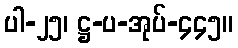
ပါ-၂၅၊ ဋ္ဌ-ပ-အုပ်-၄၄၅။